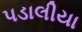
પડાલીયા